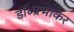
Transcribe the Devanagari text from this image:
डॉ॰प्रभाकर